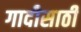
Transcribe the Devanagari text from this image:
गादीसाठी